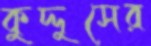
কুদ্দুসের